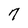
Character: 7